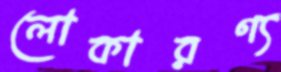
লোকারণ্য